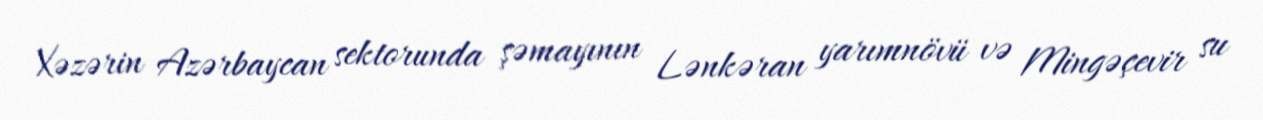
Xəzərin Azərbaycan sektorunda şəmayının Lənkəran yarımnövü və Mingəçevir su